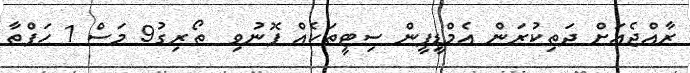
ރާއްޖެއަށް ދަތިކުރަން އެމްޑީޕީން ސިޓީތަކެއް ފޮނުވި  ތޯރިގު9 މަސް 1 ހަފްތާ